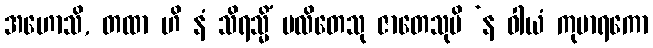
အဟောသိ, တထာ ဟိ နံ သိရသ္မိံ ပလိတေသု ဇာတေသုပိ ‘န ဝါယံ ကုမာရကော